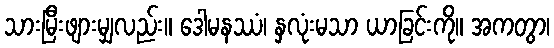
သားမြီးဖျားမျှလည်း။ ဒေါမနဿံ၊ နှလုံးမသာ ယာခြင်းကို။ အကတွာ၊